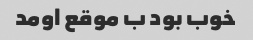
خوب بود ب موقع اومد